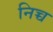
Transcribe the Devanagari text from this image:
निच्च